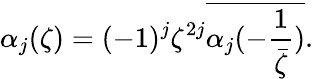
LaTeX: \alpha_{j}(\zeta)=(-1)^{j}\zeta^{2j}\overline{{{\alpha_{j}(-\frac{1}{\bar{\zeta}})}}}.